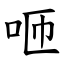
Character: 咂